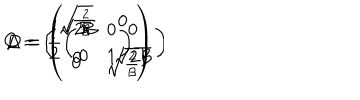
C = \left( \begin{array} { c c } { { \sqrt { 2 { \mathcal { B } } } } } & { { 0 } } \\ { { 0 } } & { { \sqrt { 2 { \mathcal { B } } } } } \\ \end{array} \right) \hspace { 0 . 1 c m } , \hspace { 0 . 1 5 c m } D = \left( \! \begin{array} { c c } { { \! \sqrt { \frac { 2 } { { \mathcal { B } } } } \! } } & { { 0 } } \\ { { 0 } } & { { \! \sqrt { \frac { 2 } { { \mathcal { B } } } } \! } } \\ \end{array} \! \right) \hspace { 0 . 1 c m } , \hspace { 0 . 1 5 c m } \Delta = \frac { 1 } { 2 } \left( \begin{array} { c c } { { 1 } } & { { 0 } } \\ { { 0 } } & { { 1 } } \\ \end{array} \right) \hspace { 0 . 1 c m } .